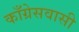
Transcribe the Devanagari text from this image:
काँग्रेसवासी